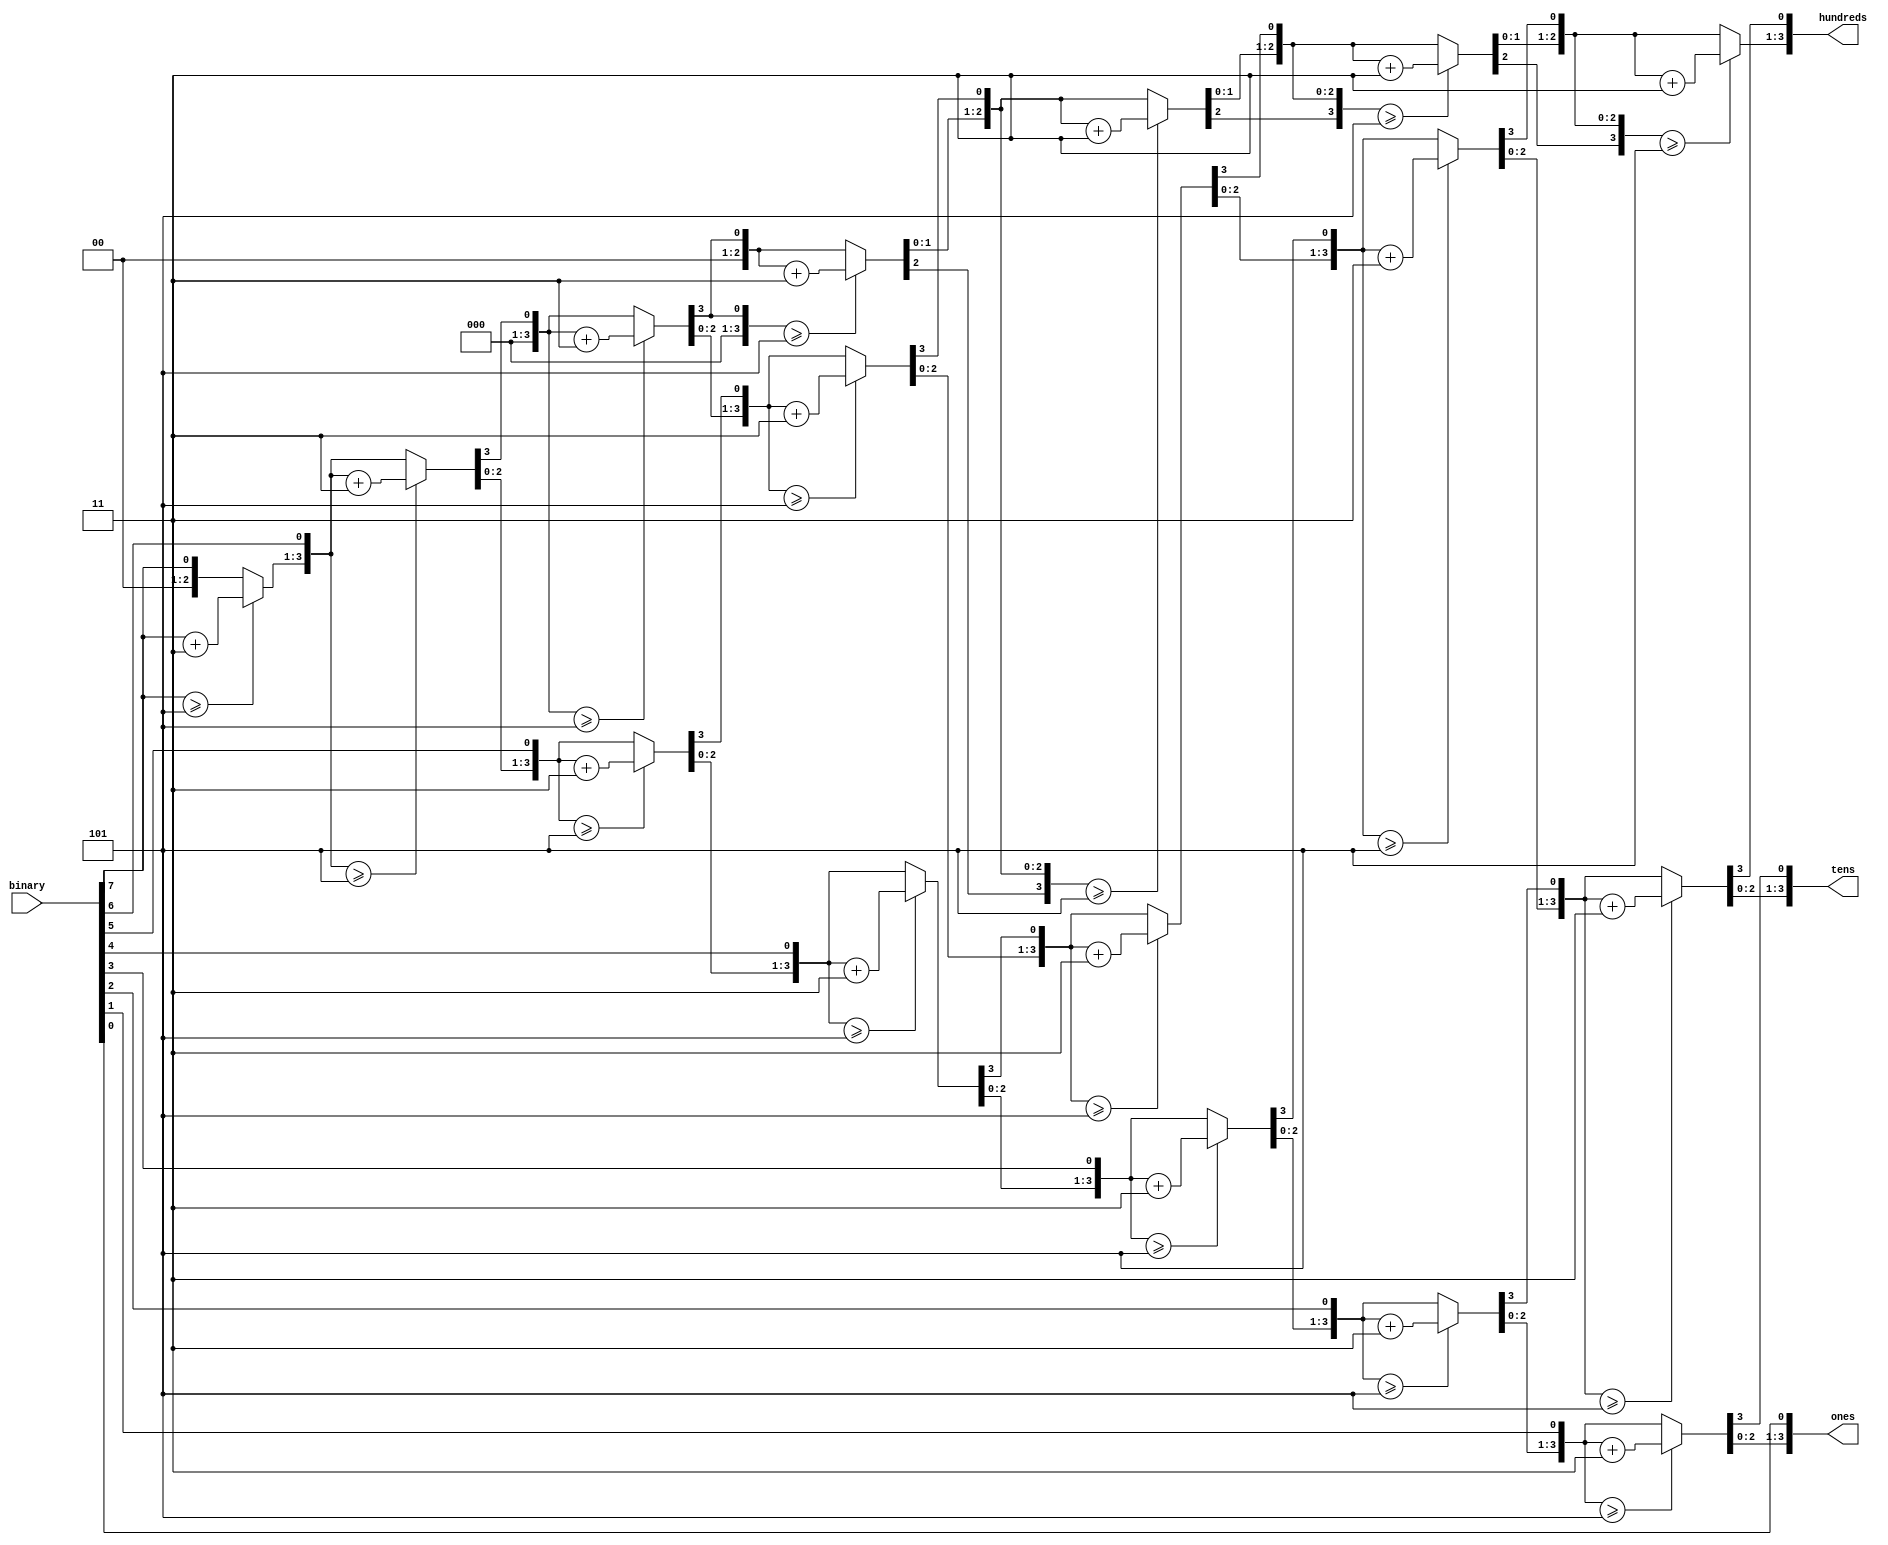
`timescale 1ns / 1ps
//////////////////////////////////////////////////////////////////////////////////
// Company: 
// Engineer: 
// 
// Design Name: 
// Module Name:    B_BCD 
// Project Name: 
// Target Devices: 
// Tool versions: 
// Description: 
//
// Dependencies: 
//
// Revision: 
// Revision 0.01 - File Created
// Additional Comments: 
//
//////////////////////////////////////////////////////////////////////////////////
module B_BCD(
    input      [7:0] binary,
	output reg [3:0] hundreds,
	output reg [3:0] tens,
	output reg [3:0] ones
    );
	
	integer i;
	
	always @(*)begin
		hundreds = 4'b0;
		tens     = 4'b0;
		ones     = 4'b0;
		for(i=7;i>=0;i=i-1)begin
			if(hundreds >= 5)
				hundreds = hundreds + 3;
			if(tens >= 5)
				tens = tens + 3;
			if(ones >= 5)
				ones = ones + 3;
			//shift left one	
			hundreds = hundreds << 1;
			hundreds[0] = tens[3];
			tens = tens << 1;
			tens[0] = ones[3];
			ones = ones << 1;
			ones[0]	= binary[i];
		end
	end

endmodule